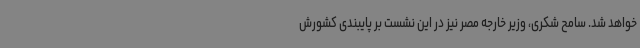
خواهد شد. سامح شکری، وزیر خارجه مصر نیز در این نشست بر پایبندی کشورش